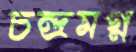
চন্দ্রমগ্ন